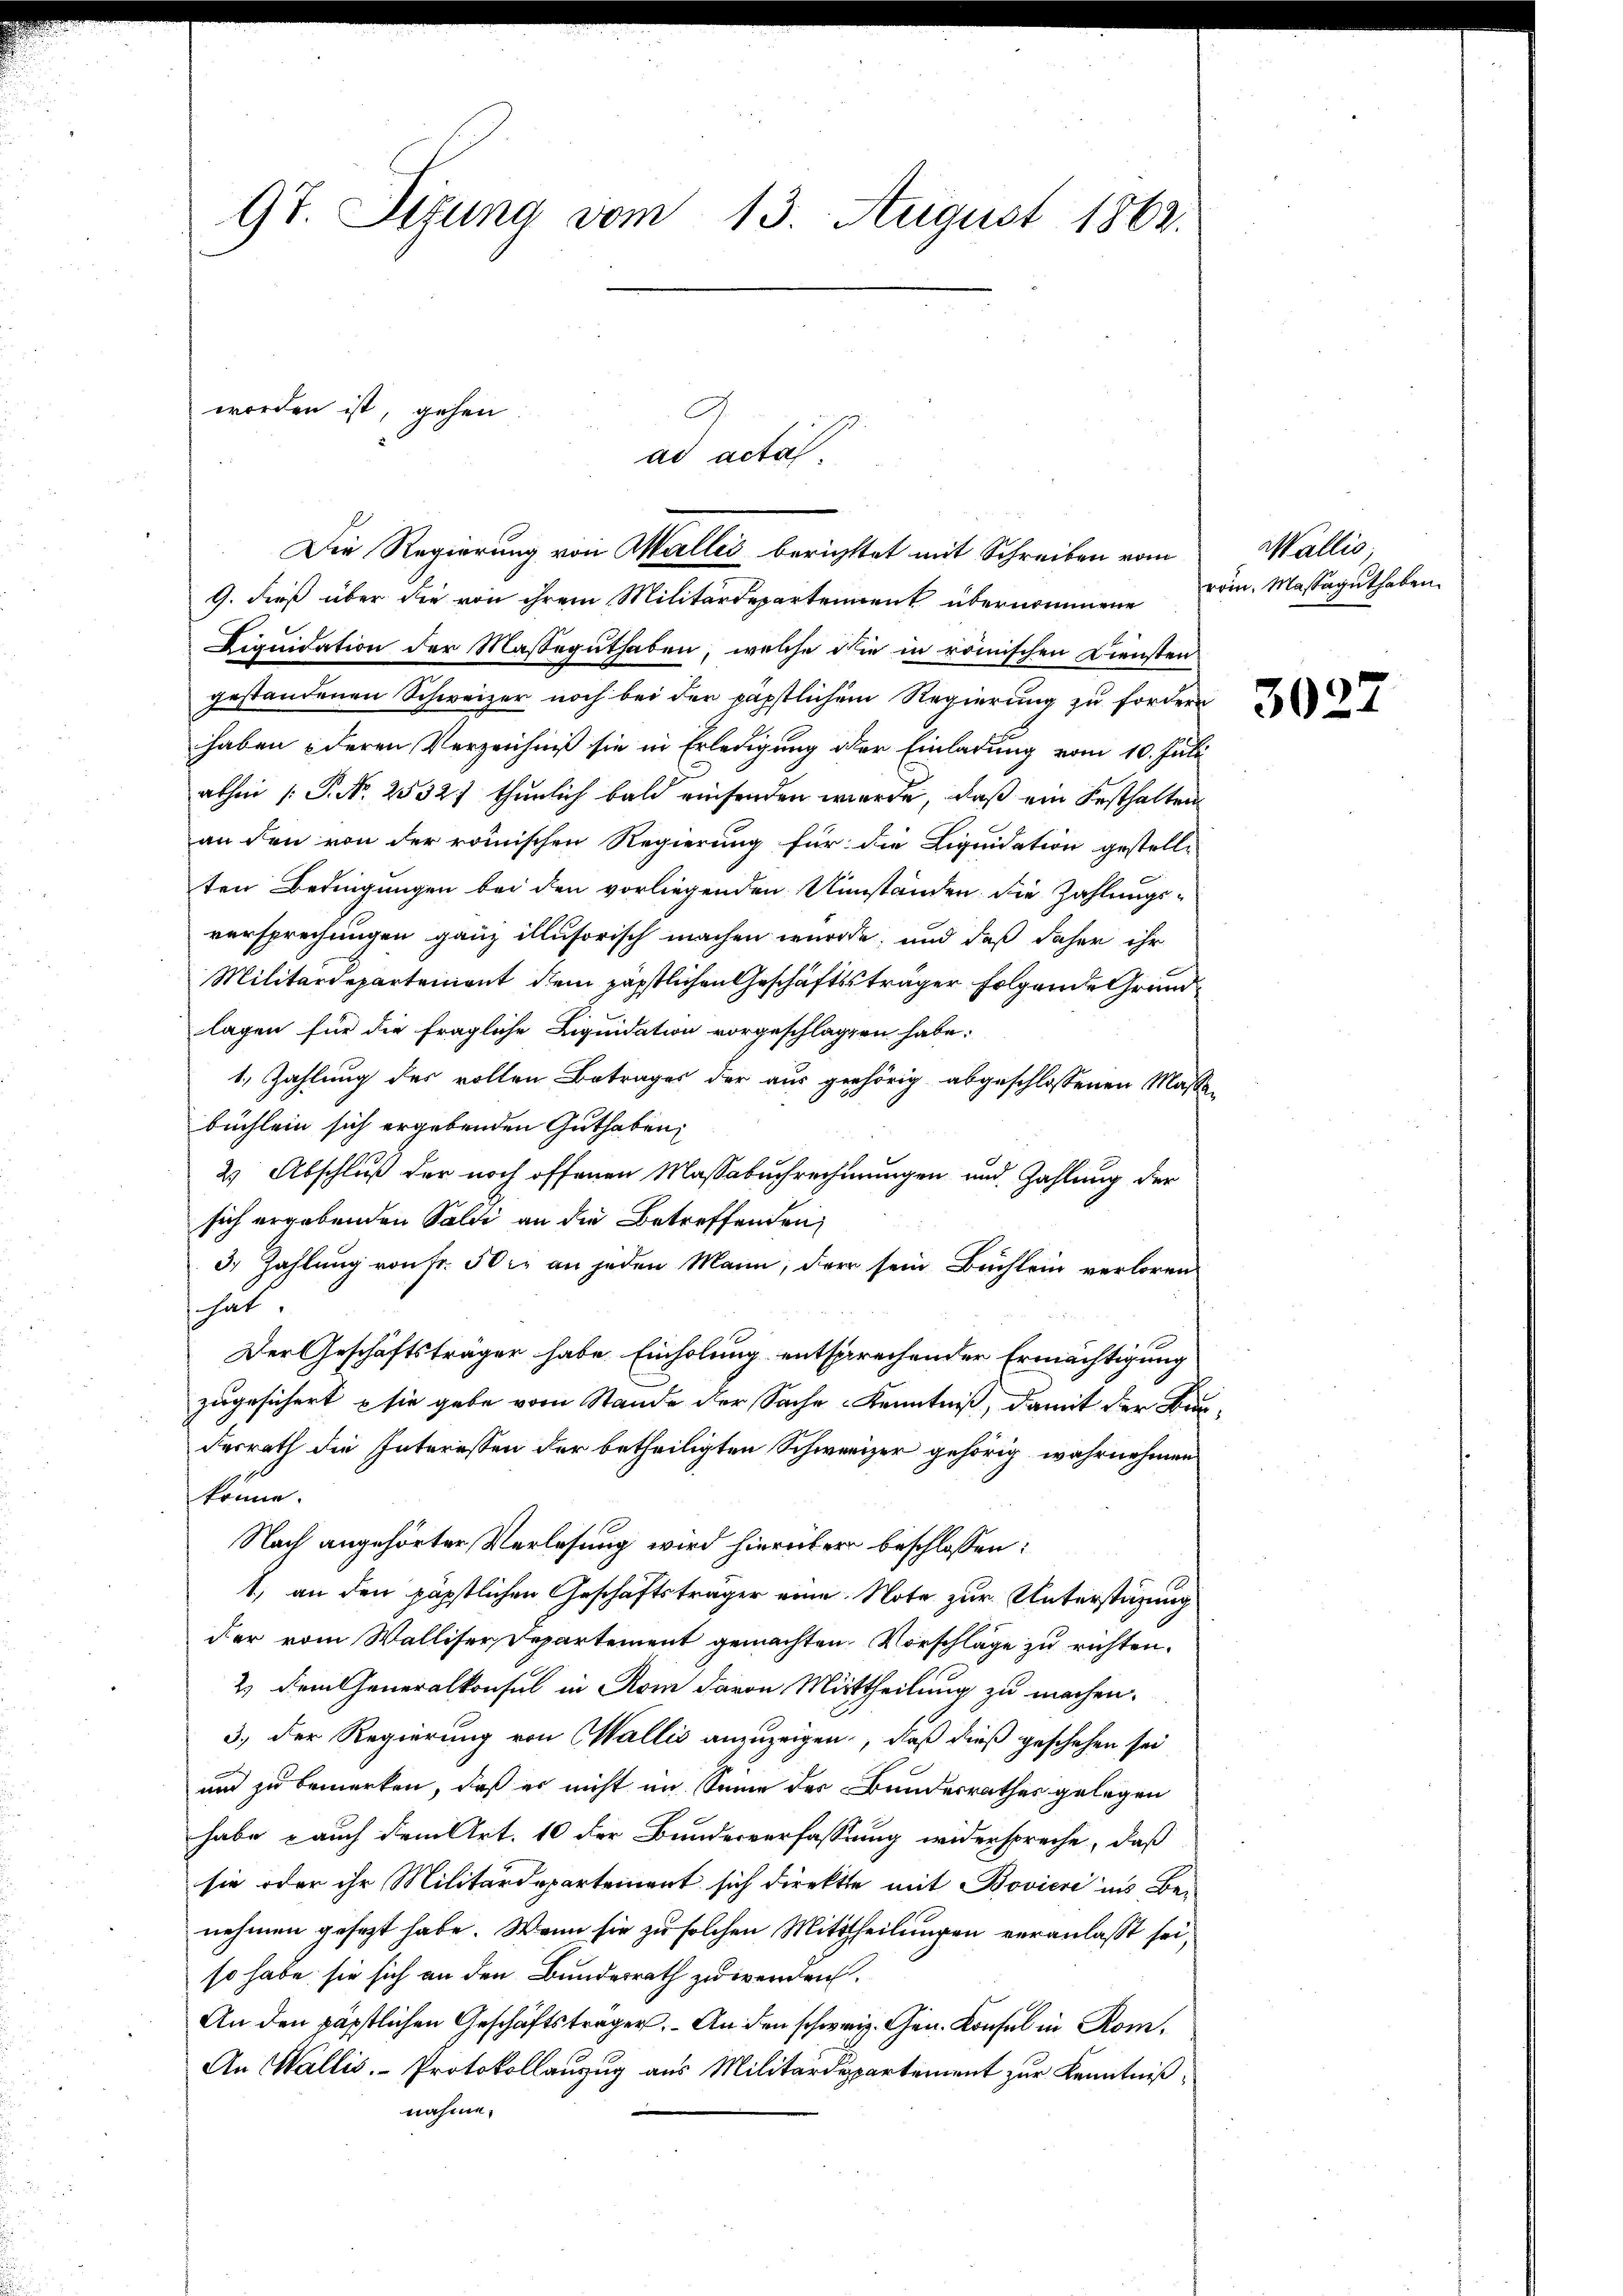
9t. Sigung vom 13. August 1862.

worden ist, gehen

G. dieß über die von ihrem Militärdepartement übernommene
Liquidation der Masseguthaben, welche die in römischen Diensten
gestandenen Schweizer noch bei der päpstlichem Regierung zu fordern
haben deren Verzeichniß sie in Erledigung der Einladung vom 10. Juli
athen (: P. Nr. 2532) thunlich bald einsenden werde, daß ein Festhalten
an den von der römischen Regierung für die Liquidation gestelle
ten Bedingungen bei den vorliegenden Umständen die Zahlungs-
versprechungen ganz illusorisch machen wurde; und daß daher ihr
Militärdepartement dem päpstlichen Geschäftssträger folgende Grundlagen für die fragliche Liquidation vorgeschlagen habe.
1) Zahlung des vollen Betrages der aus gehörig abgeschlossenen Mass-
büchlein sich ergebenden Guthaben,
2 Abschluß der noch offenen Massabuchrechnungen und Zahlung der
sich ergebenden Saldi an die Betreffenden
3) Zahlung von Fr. 50 r. an jeden Mann, der sein Büchlein verloren
hat.
Der Geschäftsträger habe Einholung entsprechender Ermächtigung
zugesichert sie gebe vom Stande der Sache Kenntniß, damit der Bun
desrath die Interessen der betheiligten Schweizer gehörig wahrnehmen
könne.
Nach angehörter Verlesung wird hierüber beschlossen:
1) an den päpstlichen Geschäftsträger eine Note zur Unterstützung
der vom Walliser Departement gemachten Vorschläge zu richten.
2.) Dem Generalkonsul in Rom davon Mittheilung zu machen.
3.) Der Regierung von Wallis anzuzeigen, daß dieß geschehen sei
und zu bemerken, daß er nicht im Sinne der Bundesrathes gelegen
habe auch dem Art. 10 der Bundesverfassung widerspreche, daß
sie oder ihr Militärdepartement sich direkte mit Bovieri ins Bei
nehmen gesezt habe. Wenn sie zu solchen Mittheilungen veranlasst sei,
so habe sie sich an den Bundesrath zu werden.
An den päpstlichen Geschäftsträger. An den schweiz. Gen. Konsul in Kom¬
An Wallis. Protokollanzug aus Militärdepartement zur Kenntniß
nahme.

ad acta

Die Regierung von Malles berichttet mit Schreiben vom

Wallis.
röm. Massaguthaben.

3027